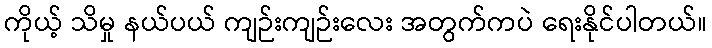
ကိုယ့် သိမှု နယ်ပယ် ကျဉ်းကျဉ်းလေး အတွက်ကပဲ ရေးနိုင်ပါတယ်။